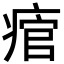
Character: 痯